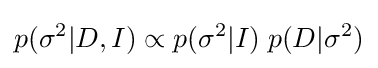
p(\sigma ^{2}|D,I)\propto p(\sigma ^{2}|I)\;p(D|\sigma ^{2})